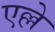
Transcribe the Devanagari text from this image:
एल्ले